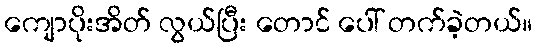
ကျောပိုးအိတ် လွယ်ပြီး တောင် ပေါ် တက်ခဲ့တယ်။